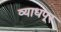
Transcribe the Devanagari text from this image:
व्याधपूर